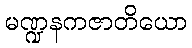
မဏ္ဍနကဇာတိယော